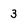
Character: 3